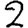
Digit: 2